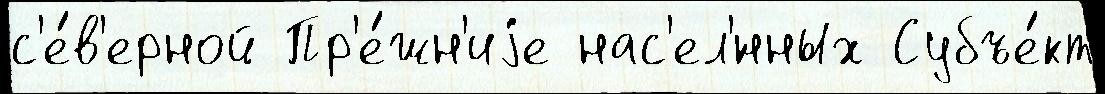
с'е́в'ерной Пр'е́жн'иjе нас'ел'́нных Субъе́кт